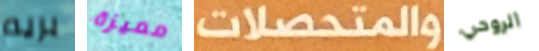
بريم مميزة والمتحصلات الروحي